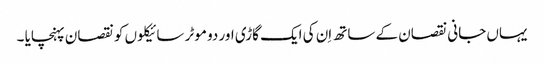
یہاں جانی نقصان کے ساتھ اِن کی ایک گاڑی اور دو موٹر سائیکلوں کو نقصان پہنچایا ۔